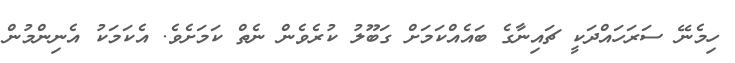
ހިމެނޭ ސަރަހައްދަކީ ޗައިނާގެ ބައެއްކަމަށް ގަބޫލު ކުރެވެން ނެތް ކަމަށެވެ. އެކަމަކު އެނިންމުން